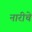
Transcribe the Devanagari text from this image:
नारीचे